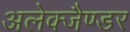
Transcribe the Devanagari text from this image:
अलेक्जैण्डर